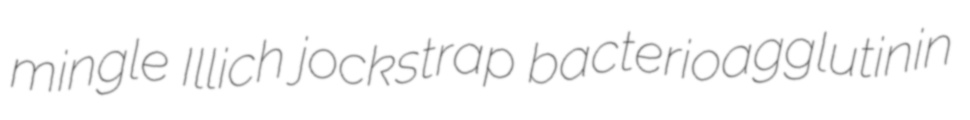
mingle Illich jockstrap bacterioagglutinin